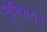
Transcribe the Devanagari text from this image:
भूमिशयन